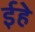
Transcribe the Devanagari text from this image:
ईहे